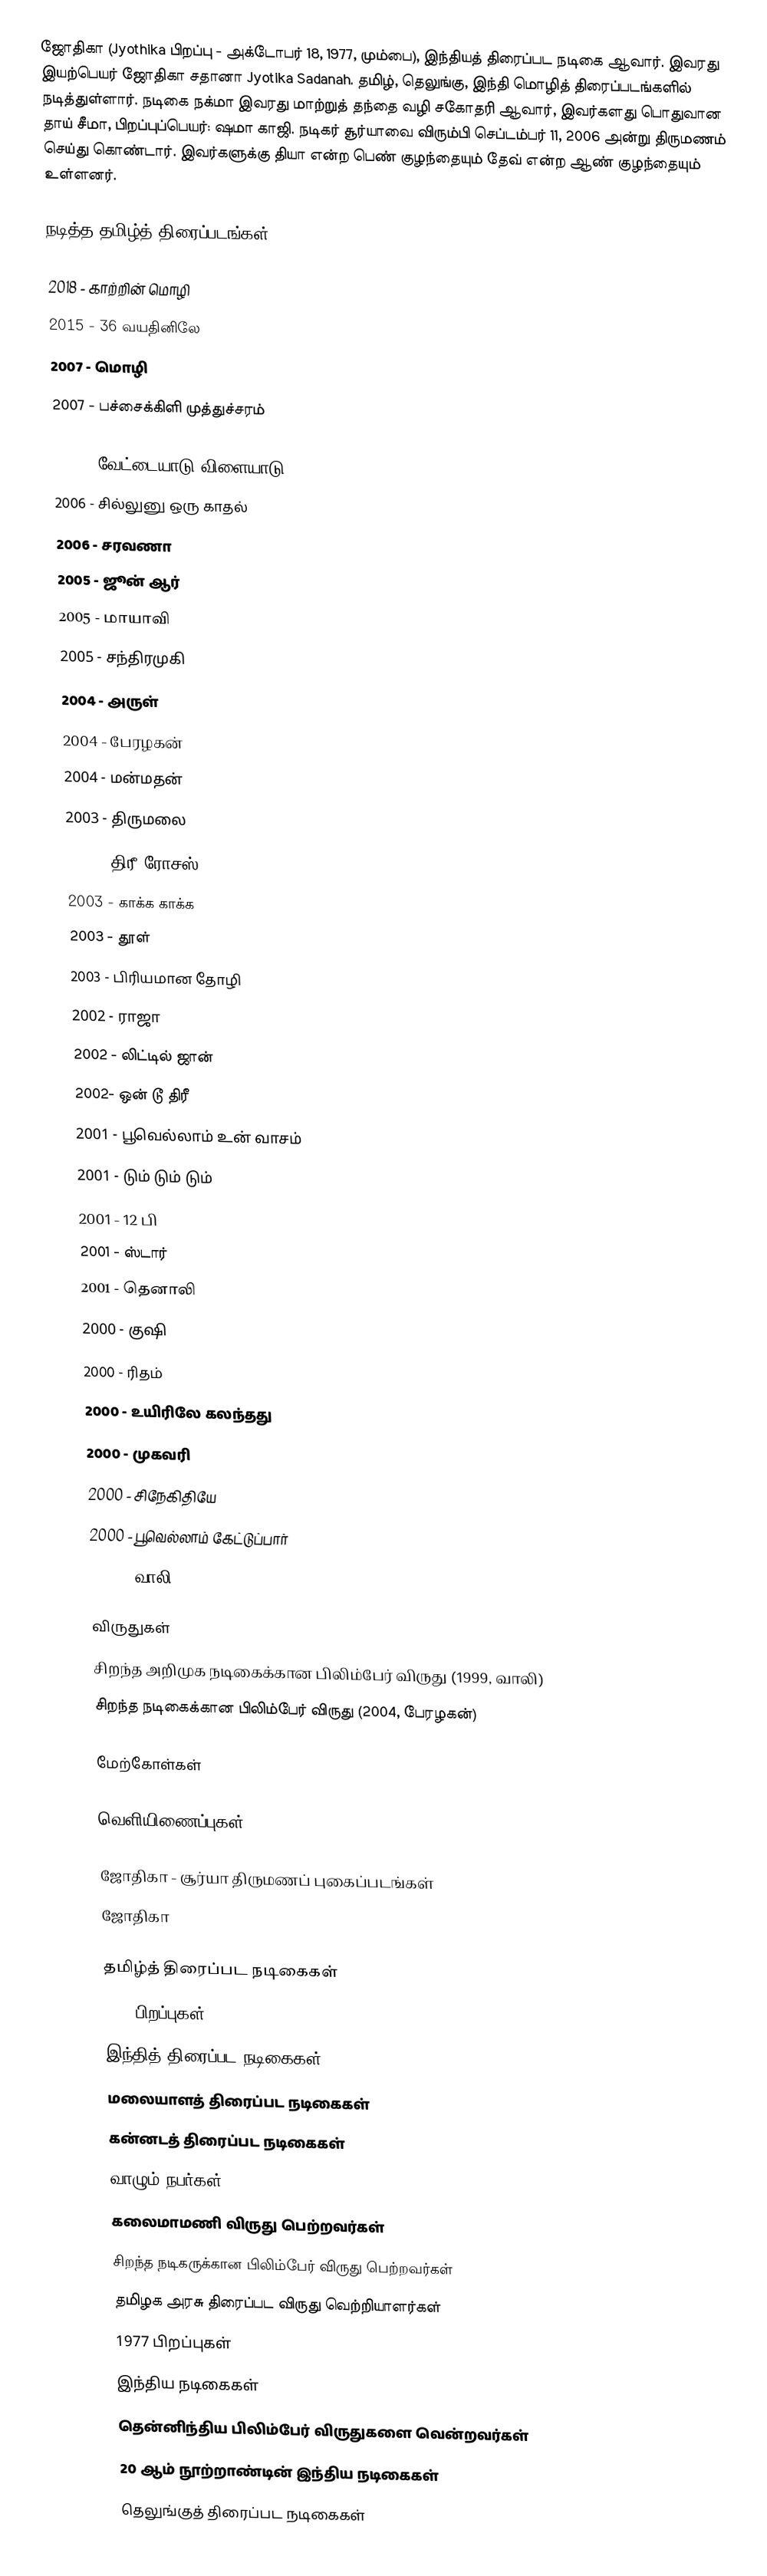
ஜோதிகா (Jyothika பிறப்பு - அக்டோபர் 18, 1977, மும்பை), இந்தியத் திரைப்பட நடிகை ஆவார். இவரது இயற்பெயர் ஜோதிகா சதானா Jyotika Sadanah. தமிழ், தெலுங்கு, இந்தி மொழித் திரைப்படங்களில் நடித்துள்ளார். நடிகை நக்மா இவரது மாற்றுத் தந்தை வழி சகோதரி ஆவார், இவர்களது பொதுவான தாய் சீமா, பிறப்புப்பெயர்: ஷமா காஜி. நடிகர் சூர்யாவை விரும்பி செப்டம்பர் 11, 2006 அன்று திருமணம் செய்து கொண்டார். இவர்களுக்கு தியா என்ற பெண் குழந்தையும் தேவ் என்ற ஆண் குழந்தையும் உள்ளனர்.

நடித்த தமிழ்த் திரைப்படங்கள்

 2018 - காற்றின் மொழி
2015 - 36 வயதினிலே
 2007 - மொழி
2007 - பச்சைக்கிளி   முத்துச்சரம்

2006 - வேட்டையாடு விளையாடு
 2006 - சில்லுனு ஒரு காதல்
 2006 - சரவணா
 2005 - ஜூன் ஆர்
 2005 - மாயாவி
 2005 - சந்திரமுகி
 2004 - அருள்
 2004 - பேரழகன்
 2004 - மன்மதன்
 2003 - திருமலை
 2003 - திரீ ரோசஸ்
 2003 - காக்க காக்க
 2003 - தூள்
 2003 - பிரியமான தோழி
 2002 - ராஜா
 2002 - லிட்டில் ஜான்
 2002- ஒன் டூ திரீ
 2001 - பூவெல்லாம் உன் வாசம்
 2001 - டும் டும் டும்
 2001 - 12 பி
 2001 - ஸ்டார்
 2001 - தெனாலி
 2000 - குஷி
 2000 - ரிதம்
 2000 - உயிரிலே கலந்தது
 2000 - முகவரி
 2000 - சிநேகிதியே
 2000 - பூவெல்லாம் கேட்டுப்பார்
 1999 - வாலி

விருதுகள்
 சிறந்த அறிமுக நடிகைக்கான பிலிம்பேர் விருது (1999, வாலி)
 சிறந்த நடிகைக்கான பிலிம்பேர் விருது (2004, பேரழகன்)

மேற்கோள்கள்

வெளியிணைப்புகள்

 ஜோதிகா - சூர்யா திருமணப் புகைப்படங்கள்
 ஜோதிகா

தமிழ்த் திரைப்பட நடிகைகள்
1978 பிறப்புகள்
இந்தித் திரைப்பட நடிகைகள்
மலையாளத் திரைப்பட நடிகைகள்
கன்னடத் திரைப்பட நடிகைகள்
வாழும் நபர்கள்
கலைமாமணி விருது பெற்றவர்கள்
சிறந்த நடிகருக்கான பிலிம்பேர் விருது பெற்றவர்கள்
தமிழக அரசு திரைப்பட விருது வெற்றியாளர்கள்
1977 பிறப்புகள்
இந்திய நடிகைகள்
தென்னிந்திய பிலிம்பேர் விருதுகளை வென்றவர்கள்
20 ஆம் நூற்றாண்டின் இந்திய நடிகைகள்
தெலுங்குத் திரைப்பட நடிகைகள்